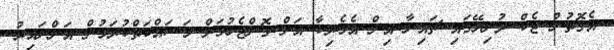
އެގޮތުން ޓެކް ދުނިޔޭގައި ޗައިނާ އިން އެމެރިކާ އަށް ގޮންޖެހުމަށް މަސައްކަތްކުރަމުން އަންނައިރު